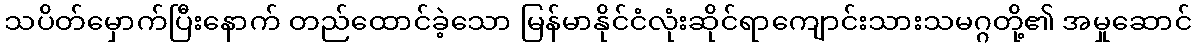
သပိတ်မှောက်ပြီးနောက် တည်ထောင်ခဲ့သော မြန်မာနိုင်ငံလုံးဆိုင်ရာကျောင်းသားသမဂ္ဂတို့၏ အမှုဆောင်